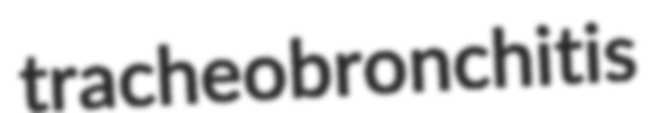
tracheobronchitis